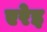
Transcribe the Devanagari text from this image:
एरेइ